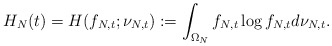
\begin{align*} H_N (t) = H (f_{N,t}; \nu_{N,t}) := \int_{\Omega_N} f_{N,t}\log f_{N,t} d\nu_{N,t}.\end{align*}